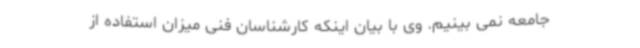
جامعه نمی بینیم. وی با بیان اینکه کارشناسان فنی میزان استفاده از